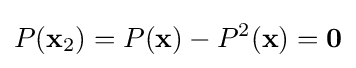
P(\mathbf {x} _{2})=P(\mathbf {x} )-P^{2}(\mathbf {x} )=\mathbf {0}